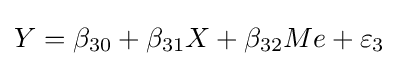
Y=\beta _{30}+\beta _{31}X+\beta _{32}Me+\varepsilon _{3}